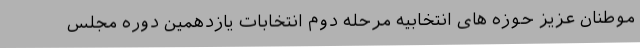
موطنان عزیز حوزه های انتخابیه مرحله دوم انتخابات یازدهمین دوره مجلس